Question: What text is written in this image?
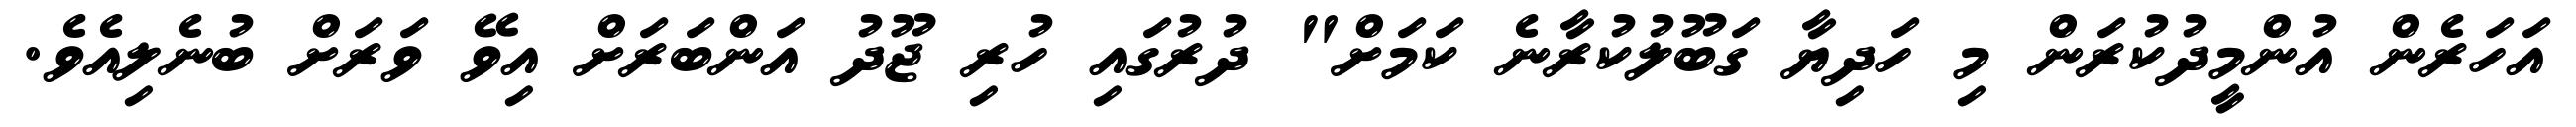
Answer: އަހަރެން އުންމީދުކުރަން މި ހަދިޔާ ގަބޫލުކުރާނެ ކަމަށް" ދުރުގައި ހުރި ޖޫދު އަންބަރަށް އިވޭ ވަރަށް ބުނެލިއެވެ.